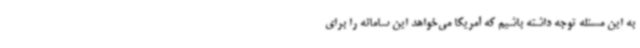
به این مسئله توجه داشته باشیم که آمریکا می‌خواهد این سامانه را برای